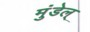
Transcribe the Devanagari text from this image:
मुंडेल्